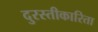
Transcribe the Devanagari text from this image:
दुरस्तीकारिता